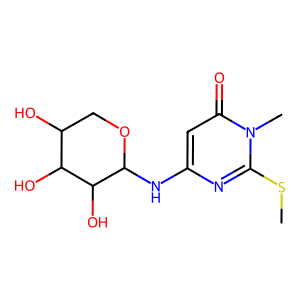
SMILES: CSc1nc(NC2OCC(O)C(O)C2O)cc(=O)n1C
Inhibits HIV replication: No